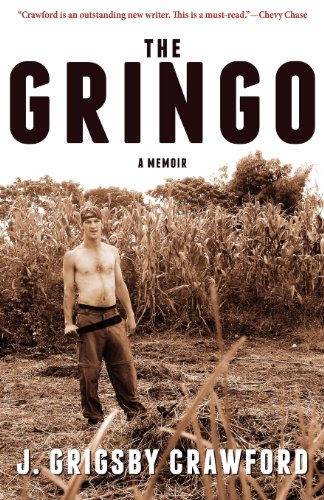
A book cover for The Gringo: A Memoir; J. Grigsby Crawford; Travel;